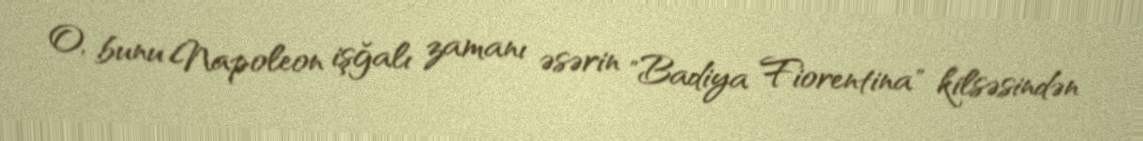
O, bunu Napoleon işğalı zamanı əsərin "Badiya Fiorentina" kilsəsindən